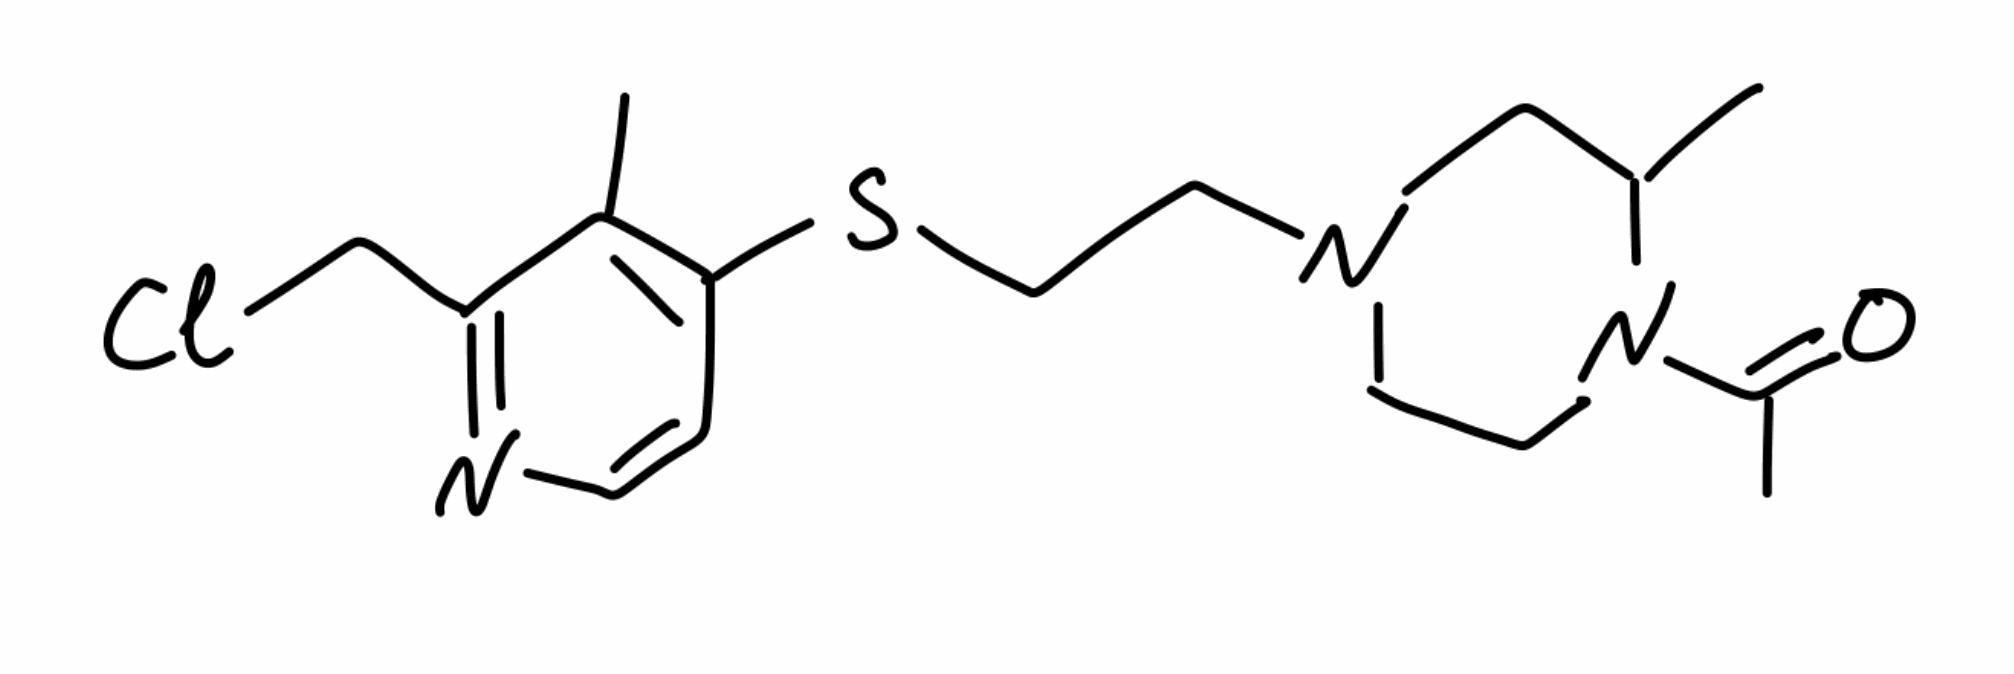
Simplified molecular-input line-entry system (SMILES) notation of the given molecule:
CC1CN(CCN1C(=O)C)CCSC2=C(C(=NC=C2)CCl)C